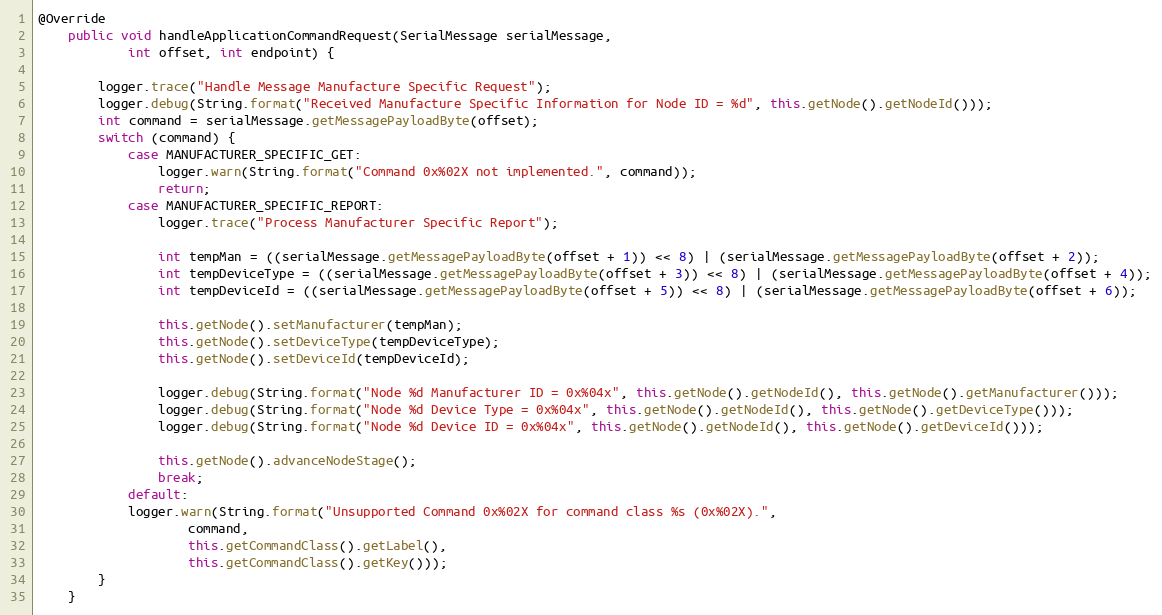
Language: Java
@Override
	public void handleApplicationCommandRequest(SerialMessage serialMessage,
			int offset, int endpoint) {

		logger.trace("Handle Message Manufacture Specific Request");
		logger.debug(String.format("Received Manufacture Specific Information for Node ID = %d", this.getNode().getNodeId()));
		int command = serialMessage.getMessagePayloadByte(offset);
		switch (command) {
			case MANUFACTURER_SPECIFIC_GET:
				logger.warn(String.format("Command 0x%02X not implemented.", command));
				return;
			case MANUFACTURER_SPECIFIC_REPORT:
				logger.trace("Process Manufacturer Specific Report");

				int tempMan = ((serialMessage.getMessagePayloadByte(offset + 1)) << 8) | (serialMessage.getMessagePayloadByte(offset + 2));
				int tempDeviceType = ((serialMessage.getMessagePayloadByte(offset + 3)) << 8) | (serialMessage.getMessagePayloadByte(offset + 4));
				int tempDeviceId = ((serialMessage.getMessagePayloadByte(offset + 5)) << 8) | (serialMessage.getMessagePayloadByte(offset + 6));

				this.getNode().setManufacturer(tempMan);
				this.getNode().setDeviceType(tempDeviceType);
				this.getNode().setDeviceId(tempDeviceId);

				logger.debug(String.format("Node %d Manufacturer ID = 0x%04x", this.getNode().getNodeId(), this.getNode().getManufacturer()));
				logger.debug(String.format("Node %d Device Type = 0x%04x", this.getNode().getNodeId(), this.getNode().getDeviceType()));
				logger.debug(String.format("Node %d Device ID = 0x%04x", this.getNode().getNodeId(), this.getNode().getDeviceId()));

				this.getNode().advanceNodeStage();
				break;
			default:
			logger.warn(String.format("Unsupported Command 0x%02X for command class %s (0x%02X).",
					command,
					this.getCommandClass().getLabel(),
					this.getCommandClass().getKey()));
		}
	}